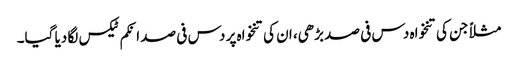
مثلاً جن کی تنخواہ دس فی صد بڑھی، ان کی تنخواہ پر دس فی صد انکم ٹیکس لگا دیا گیا۔